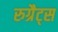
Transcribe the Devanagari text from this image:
रुग्रैट्स